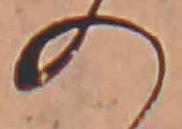
の